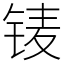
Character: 鿏